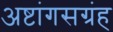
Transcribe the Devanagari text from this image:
अष्टांगसग्रंह